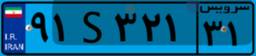
۶۶S۶۵۵۱۲